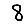
Digit: 8